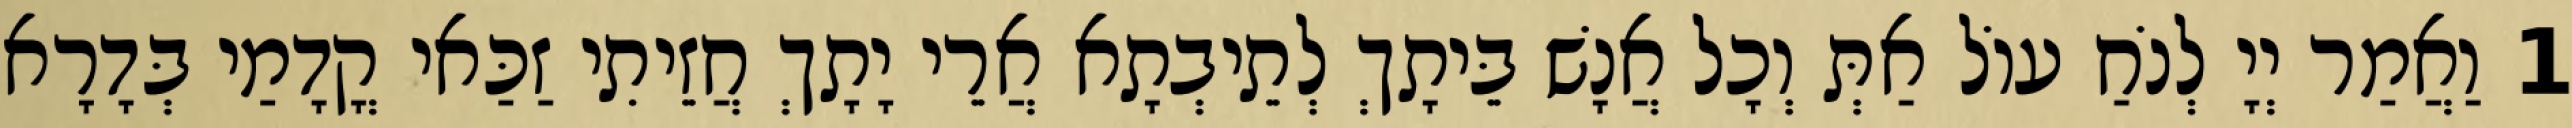
1 וַאֲמַר יְיָ לְנֹחַ עוֹל אַתְּ וְכָל אֲנָשׁ בֵּיתָךְ לְתֵיבְתָא אֲרֵי יָתָךְ חֲזֵיתִי זַכַּאי קֳדָמַי בְּדָרָא